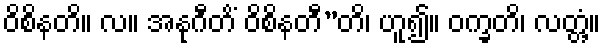
ဝိစိနတိ။ လ။ အနုဂီတိံ ဝိစိနတီ”တိ၊ ဟူ၍။ ဝက္ခတိ၊ လတ္တံ့။